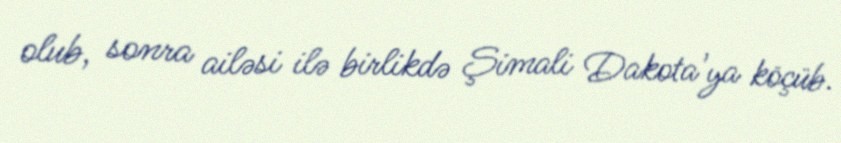
olub, sonra ailəsi ilə birlikdə Şimali Dakota'ya köçüb.